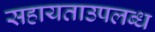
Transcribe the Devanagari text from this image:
सहायताउपलब्ध